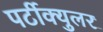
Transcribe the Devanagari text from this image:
पर्टीक्युलर